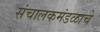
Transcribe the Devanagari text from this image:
संचालकमंडळाचे